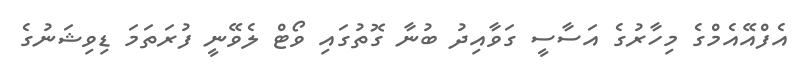
އެފްއޭއެމްގެ މިހާރުގެ އަސާސީ ގަވާއިދު ބުނާ ގޮތުގައި ވޯޓް ލެވޭނީ ފުރަތަމަ ޑިވިޝަނުގެ